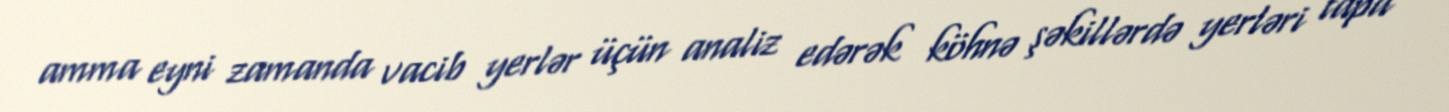
amma eyni zamanda vacib yerlər üçün analiz edərək köhnə şəkillərdə yerləri tapa